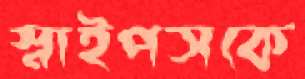
স্নাইপসকে